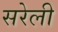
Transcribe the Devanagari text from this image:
सरेली